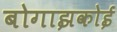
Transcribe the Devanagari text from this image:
बोगाझकोई